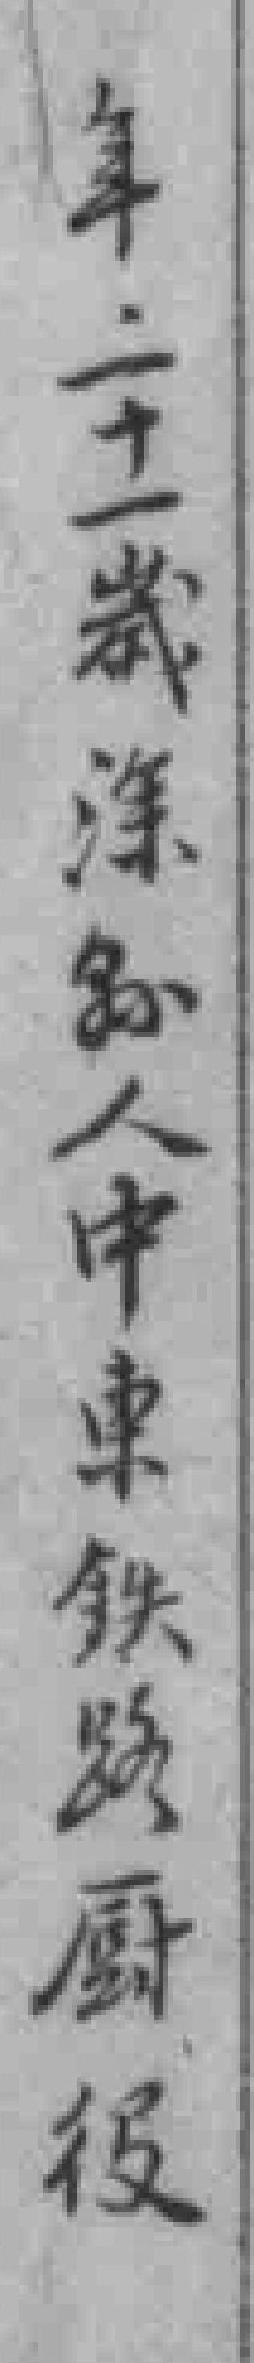
年二十一歲深縣人中東鉄路厨役